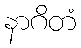
နာဂိတံ